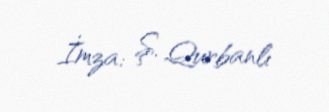
İmza: Ş. Qurbanlı